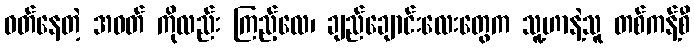
ဝတ်နေတဲ့ အဝတ် ကိုလည်း ကြည့်လေ၊ ချည်ချောင်းလေးတွေက သူ့ဟာနဲ့သူ တစ်ကန့်စီ